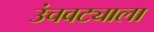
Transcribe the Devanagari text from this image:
उंचवट्याला